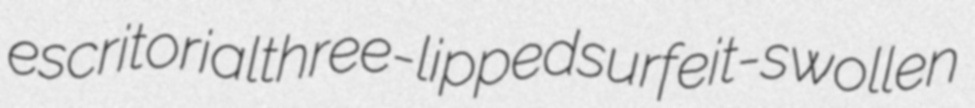
escritorial three-lipped surfeit-swollen